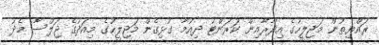
ރައްޔިތުން މަޖިލީހުގެ އިދާރާއިން ކަރަންޓު ދިއުމާ ގުޅިގެން މަޖިލީހުގެ މިއަދުގެ ޖަލްސާ މެދު